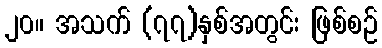
၂၀။ အသက် (၇၇)နှစ်အတွင်း ဖြစ်စဉ်